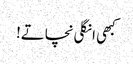
کبھی انگلی نچاتے!